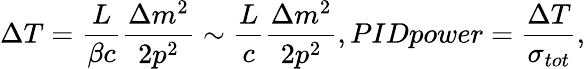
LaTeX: \Delta T=\frac{L}{\beta c}\frac{\Delta m^{2}}{2p^{2}}\sim\frac{L}{c}\frac{\Delta m^{2}}{2p^{2}},PIDpower=\frac{\Delta T}{\sigma_{tot}},